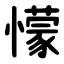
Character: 懞